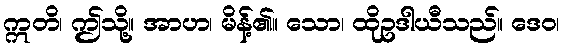
ဣတိ၊ ဤသို့။ အာဟ၊ မိန့်၏။ သော၊ ထိုဥဒါယီသည်။ ဒေဝ၊